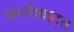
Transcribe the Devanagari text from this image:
कार्योसाइट्स